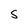
Character: s